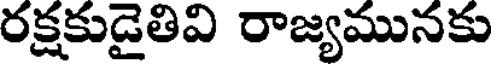
రక్షకుడైతివి రాజ్యమునకు